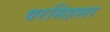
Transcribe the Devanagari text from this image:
वरसिंहसर